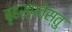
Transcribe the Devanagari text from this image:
बृहस्पतेस्तु